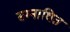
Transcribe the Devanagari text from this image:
सम्नाधित